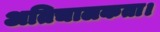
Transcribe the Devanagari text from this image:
अतिचालकता।